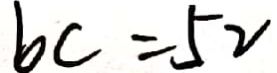
b c = 5 2